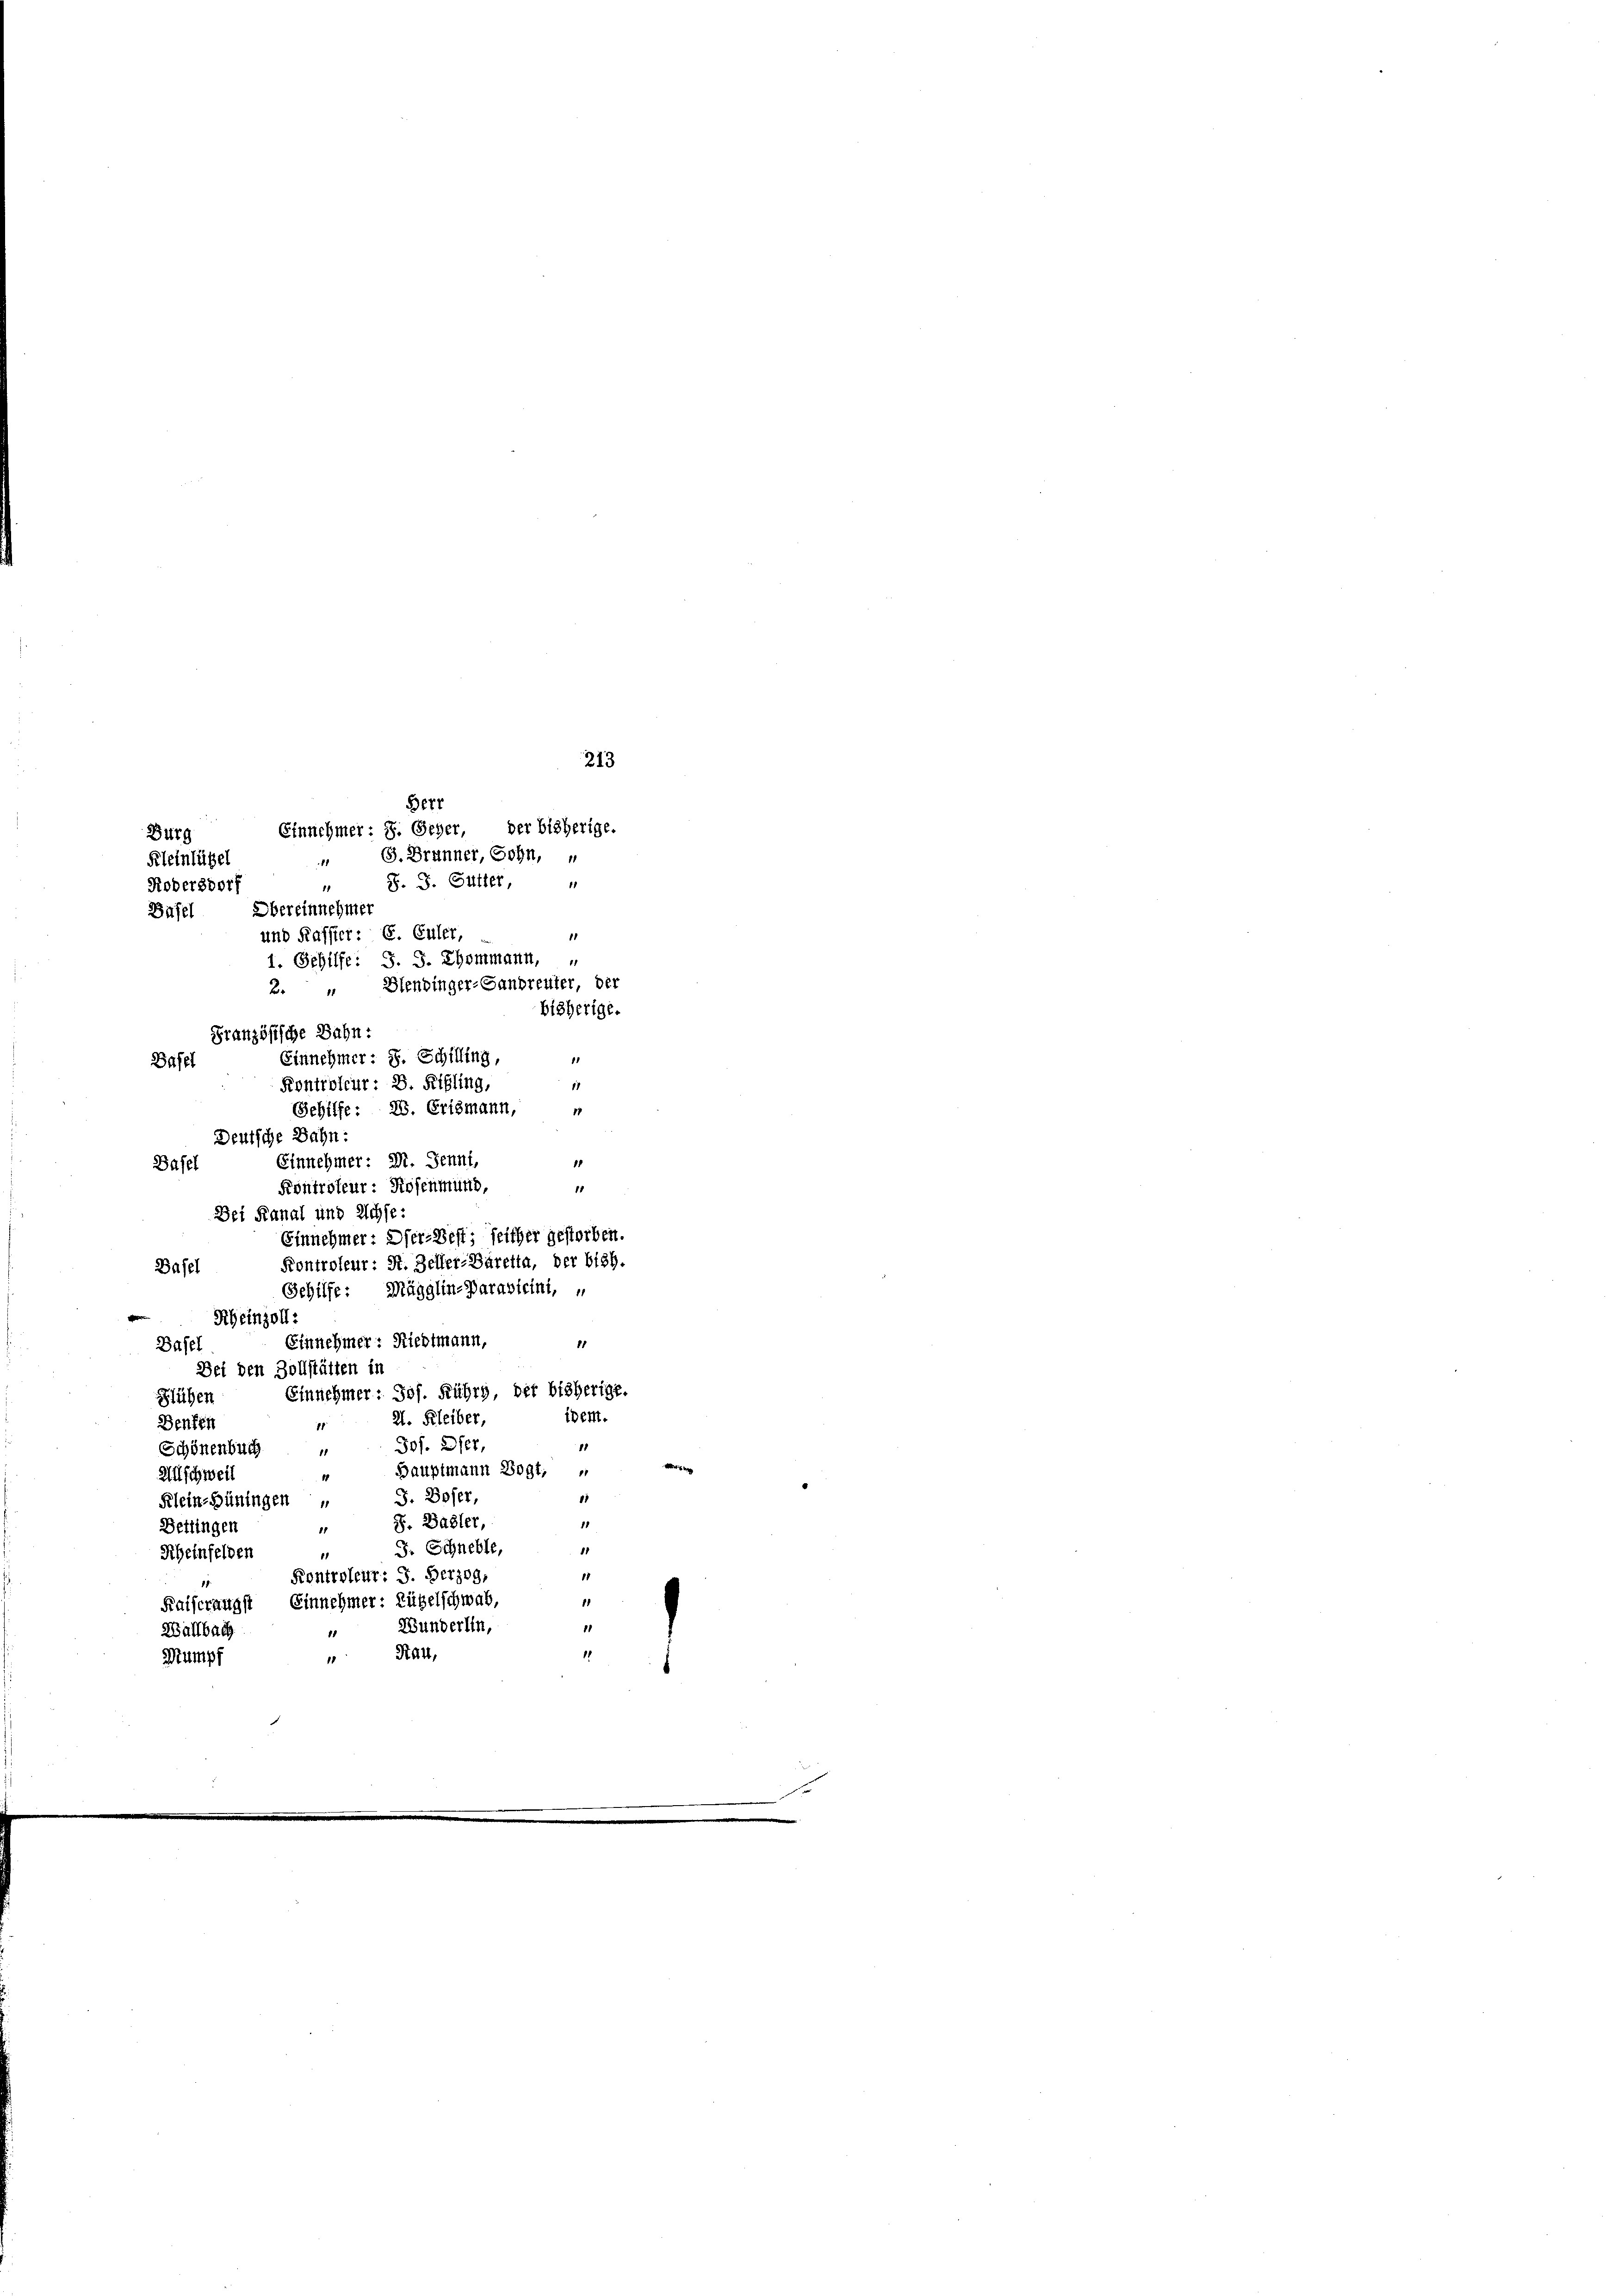
213
Kleinlügel
1
J. J. Gutter
11
Robersdorf
11
Basel Obereinnehmer
und Kassier: E. Culer,
1. Gehilfe: S. S. Thommann, „
2. “ Blenbinger-Sandreuter, der
bisherige.
Französische Bahn
Einnehmer: S. Schilling,
1
Basel
Kontroleur: D. Rigling,
11
Sehilfe: 20. Crismann,
17

Deutsche Bahn:
Einnehmer: Dr. Jenni,
1
Basel
Kontroleur: Rosenmund,
11
Dei Kanal und Achse:
Einnehmer: Dier-Best; seither gestorben.
Kontroleur: St. Zeller-Baretta, der bish.
Basel
Gehilfe: Mägglin-Paravicini, u
Rheinzoll:
Einnehmer: Riedtmann,
11
Basel
Dei den Zollstätten in
Einnehmer: Jos. Führg, der bisherige.
Blühen
tdem.
2. Kleiber,
Denfen
1
Jos. Der,
Schönenbuch
11
Bauptmann Vogt,
Alschweil
J. Boser,
41
Klein-Hüningen u
J. Basler,
11
Dettingen
J. Schneble,
11
Scheinfelden
1
18
Kontroleur: J. Herzog,
1
Kaiserangst Einnehmer: Zügelschwab,
1
Wunderlin,
Wallbach
1
11
Rat,
Mumpf
1

Berr
Burg. Einnehmer: S. Scher, der bisherige.
(G. Branner, Sohn,